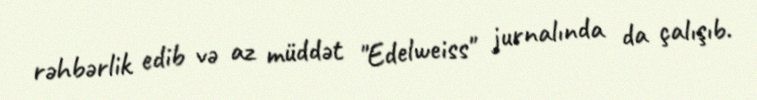
rəhbərlik edib və az müddət "Edelweiss" jurnalında da çalışıb.